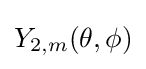
Y_{2,m}(\theta ,\phi )